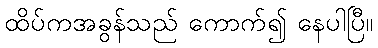
ထိပ်ကအခွန်သည် ကောက်၍ နေပါပြီ။